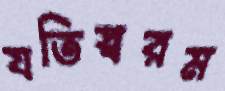
যতিস্বরম